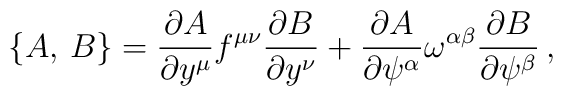
\bigl\{A,\,B\bigr\}={\partial A\over{\partial y^\mu}}f^{\mu\nu}{\partial B\over{\partial y^\nu}}+{\partial A\over{\partial \psi^\alpha}}\omega^{\alpha\beta}{\partial B\over{\partial \psi^\beta}}\,,